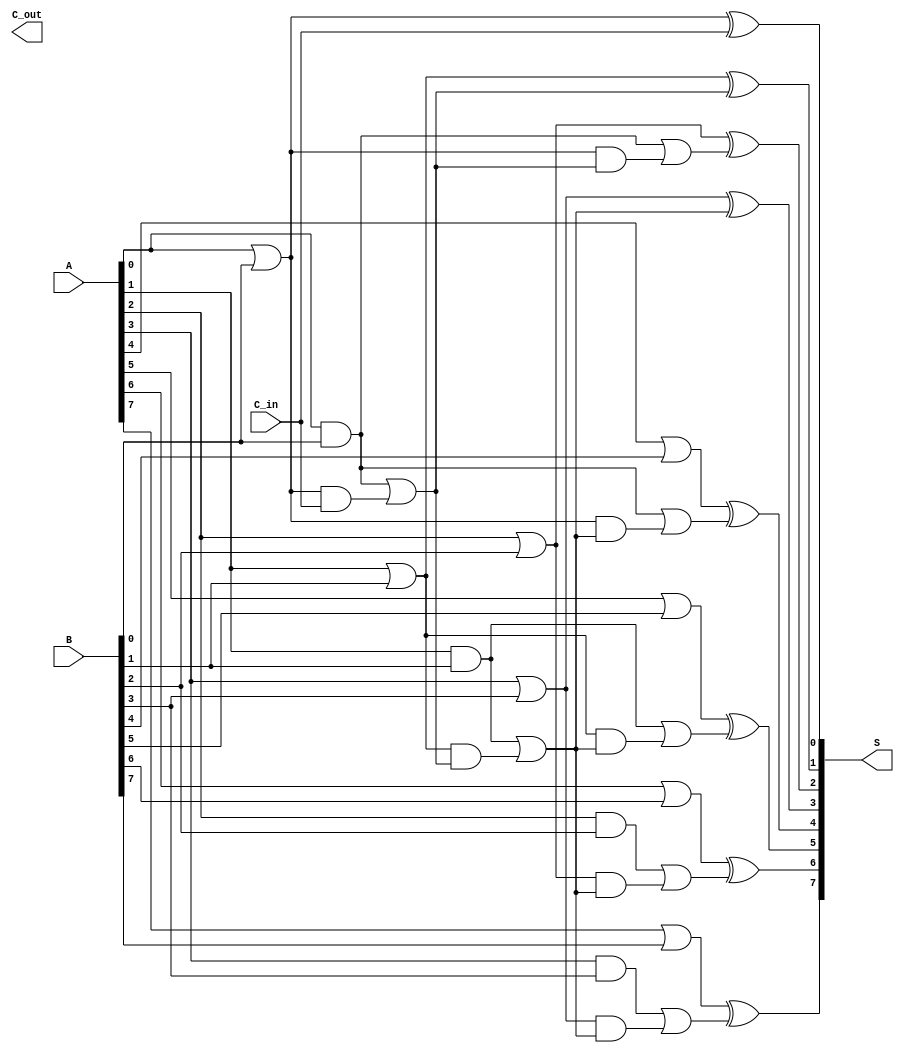
module kogge_stone_adder #(parameter N = 8) (
    input  [N-1:0] A,
    input  [N-1:0] B,
    input          C_in,
    output [N-1:0] S,
    output         C_out
);

    // Generate and Propagate signals
    wire [N-1:0] G; // Generate
    wire [N-1:0] P; // Propagate
    wire [N:0] C;   // Carry

    // Generate and Propagate calculations
    genvar i;
    generate
        for (i = 0; i < N; i = i + 1) begin : gen_prop
            assign G[i] = A[i] & B[i]; // Generate
            assign P[i] = A[i] | B[i]; // Propagate
        end
    endgenerate

    // Carry generation using Kogge-Stone structure
    assign C[0] = C_in; // Initial carry-in

    // Stage 1
    generate
        for (i = 1; i < 2; i = i + 1) begin : stage1
            assign C[i] = G[i-1] | (P[i-1] & C[0]);
        end
    endgenerate

    // Stage 2
    generate
        for (i = 2; i < 4; i = i + 1) begin : stage2
            assign C[i] = G[i-2] | (P[i-2] & C[1]);
        end
    endgenerate

    // Stage 3
    generate
        for (i = 4; i < 8; i = i + 1) begin : stage3
            assign C[i] = G[i-4] | (P[i-4] & C[3]);
        end
    endgenerate

    // Final carry-out
    assign C_out = C[N];

    // Sum calculation
    generate
        for (i = 0; i < N; i = i + 1) begin : sum_calc
            assign S[i] = P[i] ^ C[i]; // Sum
        end
    endgenerate

endmodule